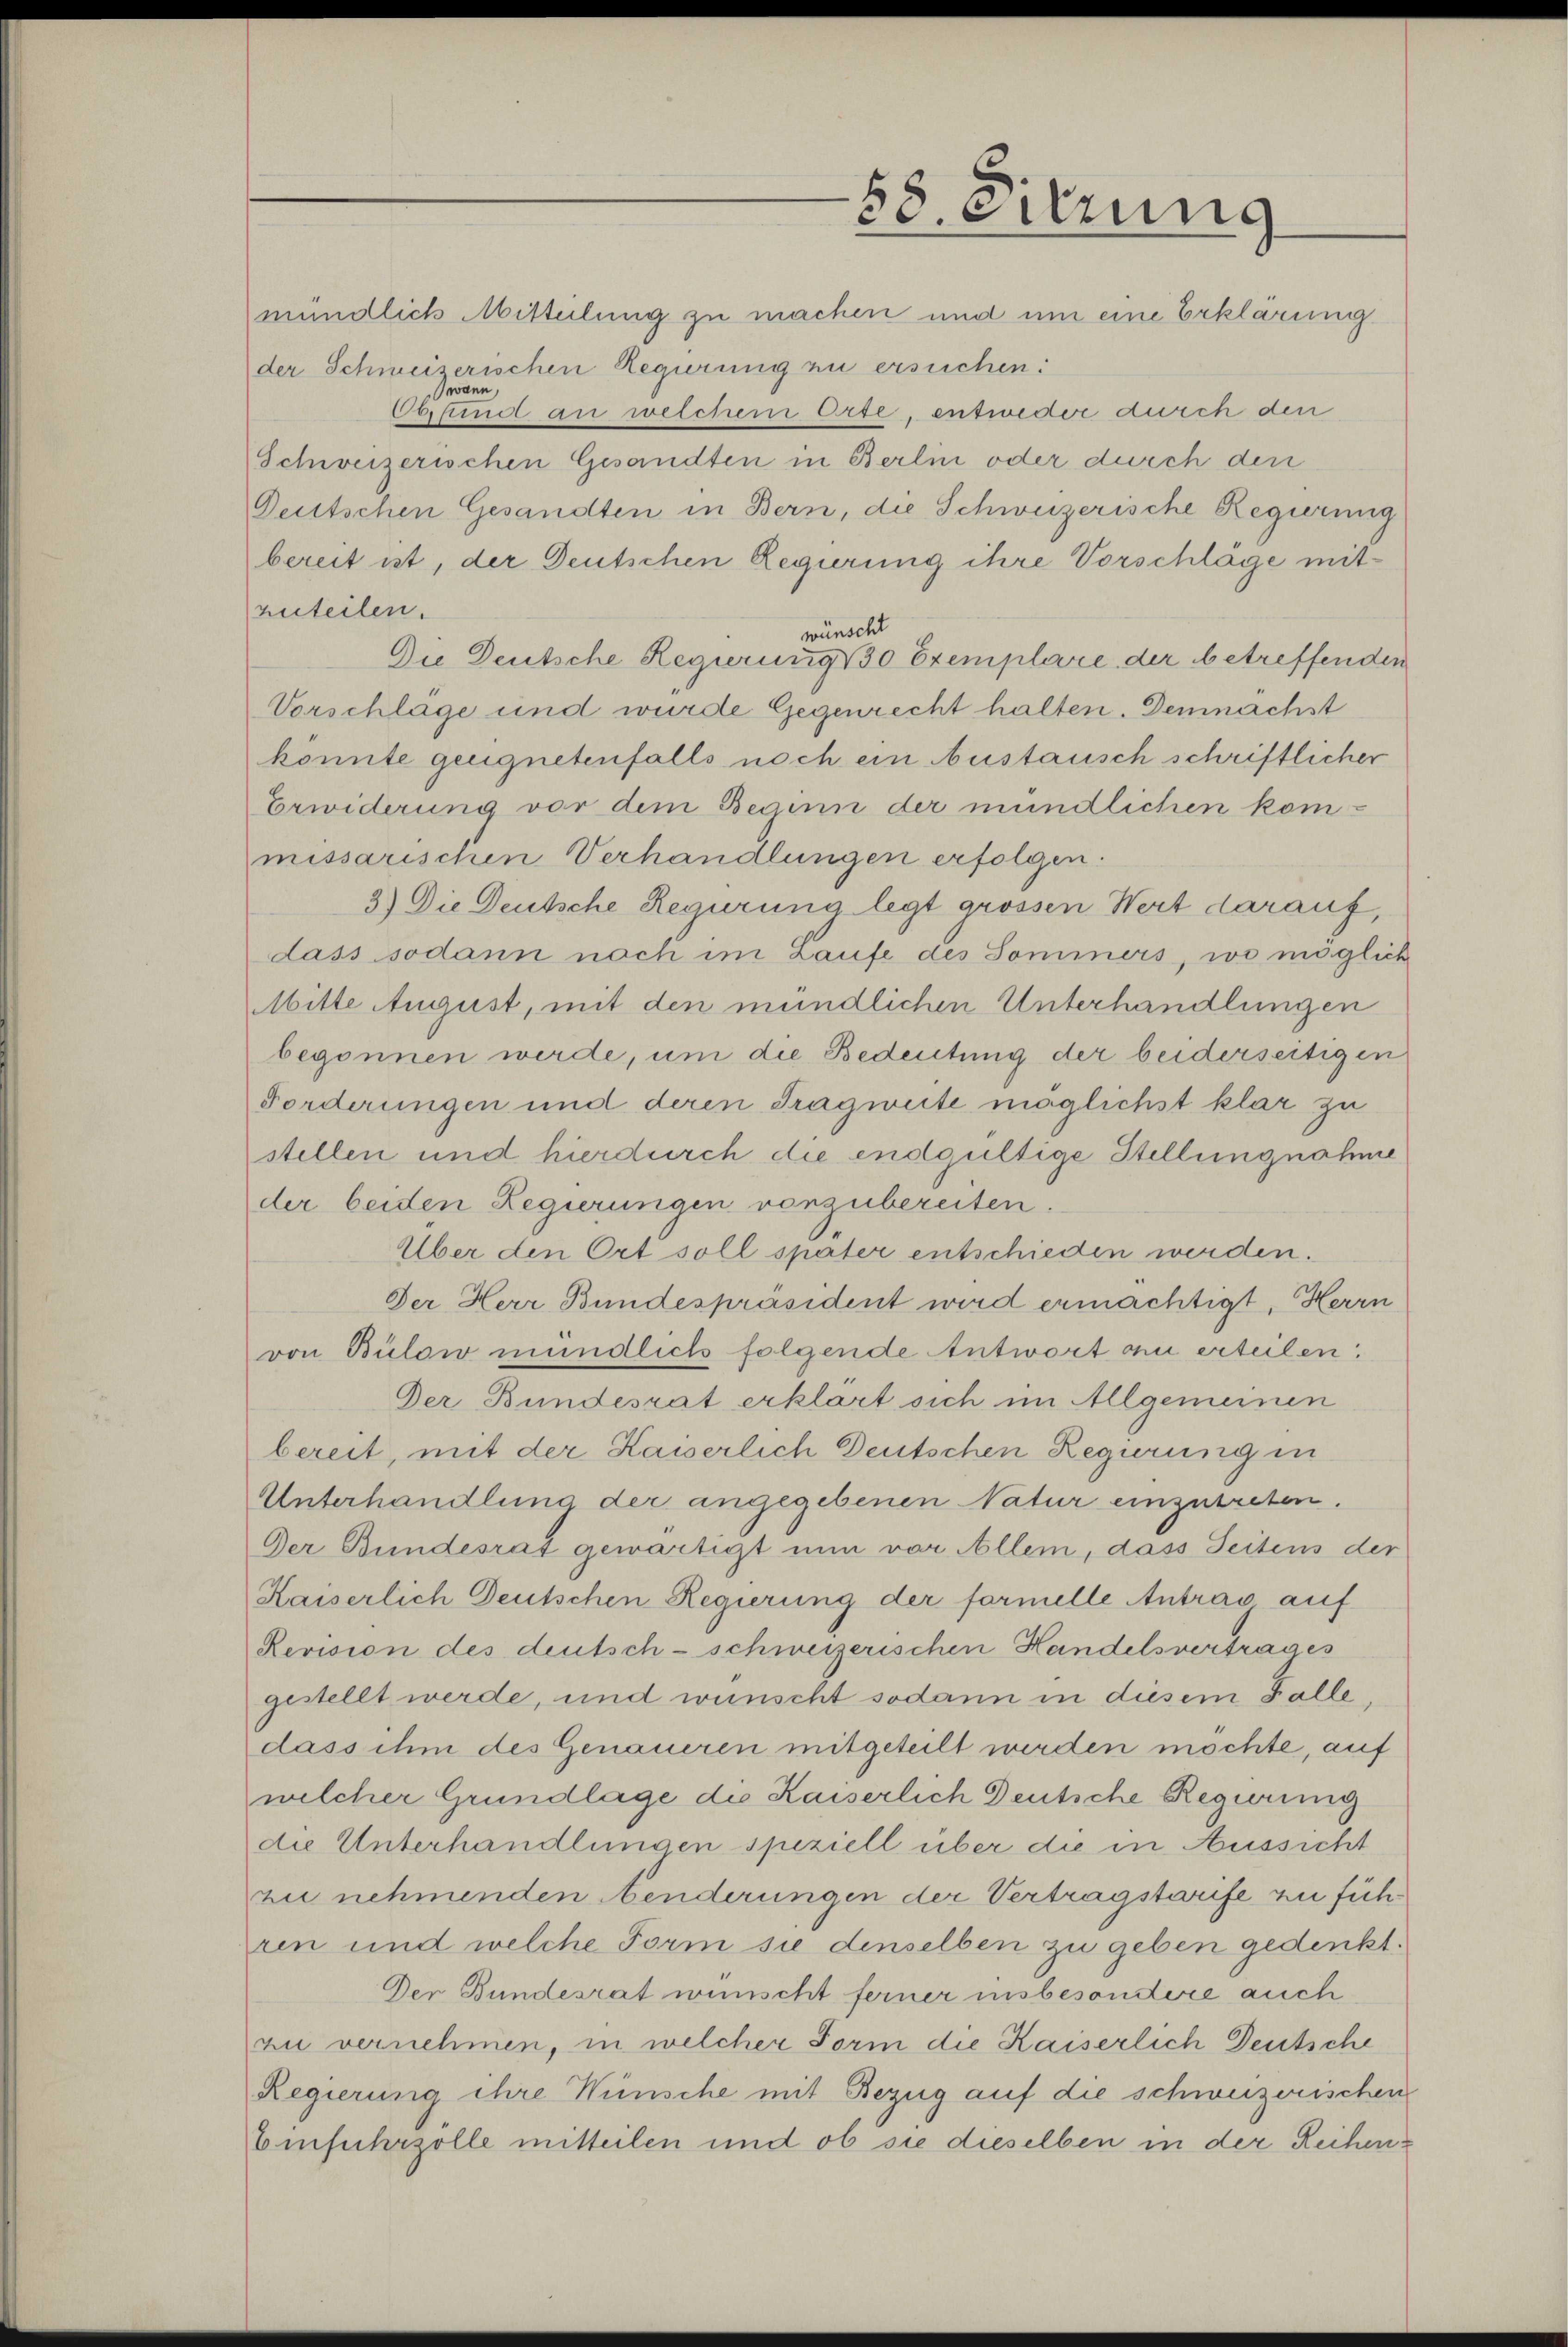
58. Sitzung
mündlich Mitteilung zu machen und um eine Erklärung

der Schweizerischen Regierung zu ersuchen:
wann
Obskind an welchem Orte, entweder durch den
Schweizerischen Gesandten in Berlin oder durch den
Deutschen Gesandten in Bern, die Schweizerische Regierung
bereit ist, der Deutschen Regierung ihre Vorschläge mitzuteilen.
wünscht
Die Deutsche Regierung 130 Exemplare der betreffenden
Vorschlage und wurde Gegenrecht halten. Demnachst
könnte geugnetenfalls noch ein Austausch schriftlicher
Erwiderung vor dem Beginn der mündlichen kommissarischen Verhandlungen erfolgen:
3.) Die Deutsche Regirung legt grossen Wert darauf,
dass sodann noch im Laufe des Sommers, wo möglich
Mitte August, mit den mündlichen Unterhandlungen
begonnen werde, um die Bedeutung der beiderseitigen
Forderungen und deren Tragweite möglichst klar zu
stellen und hierdurch die endgültige Stellungnahme
der beiden Regierungen vorzubereiten.
Über den Ort soll später entschieden werden.
Der Herr Bundespräsident wird ermächtigt, Herrn
von Bülow mündlich folgende Antwort an erteilen:
Der Bundesrat erklärt sich im Allgemeinen
bereit, mit der Kaiserlich Deutschen Regierung in
Unterhandlung der angegebenen Natur einzutreten.
Der Bundesrat gewärtigt nun vor Allem, dass Seitens der
Kaiserlich Deutschen Regierung der formelle Antrag auf
Revision des deutsch-schweizerischen Handelsvertrages
gestellt werde, und wünscht sodann in diesem Falle,
dass ihm des Genaueren mitgeteilt werden möchte, auf
welcher Grundlage die Kaiserlich Deutsche Reguring
die Unterhandlungen speziell über die in Aussicht
zu nehmenden enderungen der Vertragstarife zu füh
ren und welche Form sie denselben zu geben gedenkt.
Der Bundesrat wünscht ferner insbesondere auch
an vernehmen, in welcher Form die Kaiserlich Deutsche
Regierung ihre Wünsche mit Bezug auf die schweizerischen
Einfuhrzolle mitteilen und ob sie dieselben in der Reihen¬